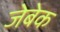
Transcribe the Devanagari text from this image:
जेबेक